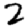
Digit: 2